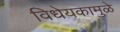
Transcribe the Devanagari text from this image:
विधेयकामुळे